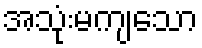
အသုံးမကျသော